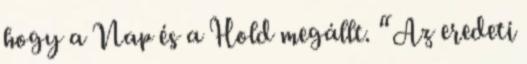
hogy a Nap és a Hold megállt. “Az eredeti